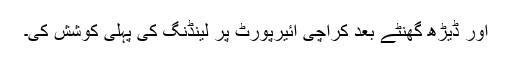
اور ڈیڑھ گھنٹے بعد کراچی ائیرپورٹ پر لینڈنگ کی پہلی کوشش کی۔